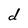
Character: d